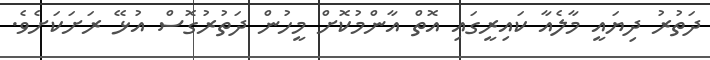
ދަތުރު ދިޔައީ މާލެއާ ކައިރީގައި އޮތް އާންމުކޮށް މީހުން ދަތުރުގޮސް އުޅޭ ރަށަކަށެވެ.